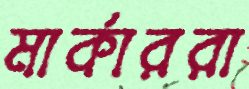
মার্কাররা